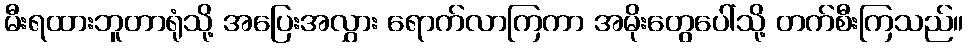
မီးရထားဘူတာရုံသို့ အပြေးအလွှား ရောက်လာကြကာ အမိုးတွေပေါ်သို့ တက်စီးကြသည်။